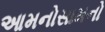
આમનોસામનો